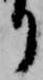
り